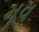
મૂવ